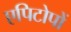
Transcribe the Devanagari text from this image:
एपिटोपों